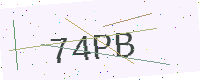
Text: 74PB